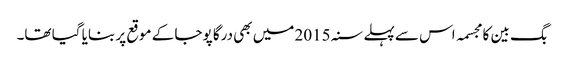
بگ بین کا مجسمہ اس سے پہلے سنہ 2015 میں بھی درگا پوجا کے موقع پر بنایا گیا تھا۔